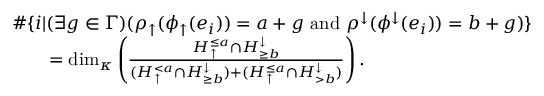
\begin{array} { r l } & { \# \{ i | ( \exists g \in \Gamma ) ( \rho _ { \uparrow } ( \phi _ { \uparrow } ( e _ { i } ) ) = a + g \mathrm { ~ a n d ~ } \rho ^ { \downarrow } ( \phi ^ { \downarrow } ( e _ { i } ) ) = b + g ) \} } \\ & { \qquad = \dim _ { \kappa } \left( \frac { H _ { \uparrow } ^ { \leq a } \cap H _ { \geq b } ^ { \downarrow } } { ( H _ { \uparrow } ^ { < a } \cap H _ { \geq b } ^ { \downarrow } ) + ( H _ { \uparrow } ^ { \leq a } \cap H _ { > b } ^ { \downarrow } ) } \right) . } \end{array}